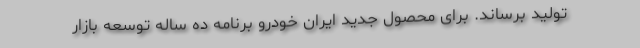
تولید برساند. برای محصول جدید ایران خودرو برنامه ده ساله توسعه بازار